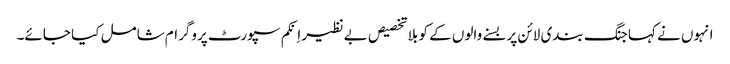
انہوں نے کہا جنگ بندی لائن پر بسنے والوں کے کو بلا تخصیص بے نظیر اِنکم سپورٹ پروگرام شامل کیا جائے۔